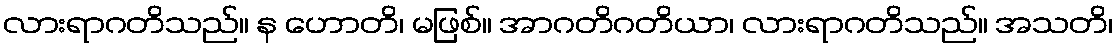
လားရာဂတိသည်။ န ဟောတိ၊ မဖြစ်။ အာဂတိဂတိယာ၊ လားရာဂတိသည်။ အသတိ၊